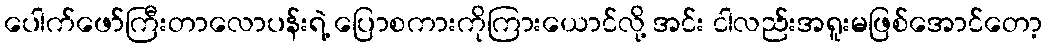
ပေါက်ဖော်ကြီးတာလောပန်းရဲ့ ပြောစကားကိုကြားယောင်လို့ အင်း ငါလည်းအရူးမဖြစ်အောင်တော့